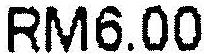
RM6.00